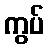
ကွပ်